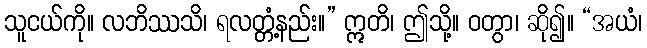
သူငယ်ကို။ လဘိဿသိ၊ ရလတ္တံ့နည်း။” ဣတိ၊ ဤသို့။ ဝတွာ၊ ဆို၍။ “အယံ၊